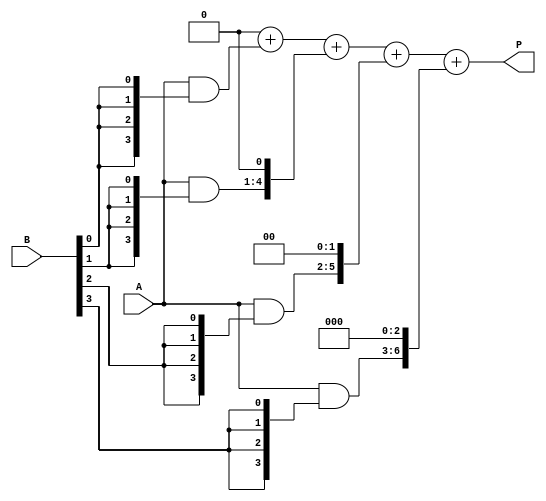
module array_multiplier #(parameter N = 4, // Bit-width of A
                          parameter M = 4  // Bit-width of B
                         )(
    input  [N-1:0] A,     // Multiplicand
    input  [M-1:0] B,     // Multiplier
    output reg [(N+M-1):0] P // Product
);

    // Partial product array
    wire [N-1:0] pp [0:M-1]; // Partial products

    // Generate partial products
    genvar i, j;
    generate
        for(i = 0; i < M; i = i + 1) begin : pp_gen
            assign pp[i] = A & {N{B[i]}}; // AND A with each bit of B
        end
    endgenerate

    // Sum partial products
    integer k;
    always @(*) begin
        P = 0; // Initialize product to zero
        for(k = 0; k < M; k = k + 1) begin
            P = P + (pp[k] << k); // Shift and add the partial products
        end
    end

endmodule